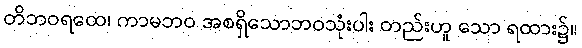
တိဘဝရထေ၊ ကာမဘဝ အစရှိသောဘဝသုံးပါး တည်းဟူ သော ရထား၌။